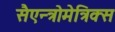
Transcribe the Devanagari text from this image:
सैएन्त्रोमेत्रिक्स